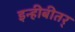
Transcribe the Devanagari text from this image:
इन्हीबीतर्